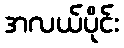
အလယ်ပိုင်း